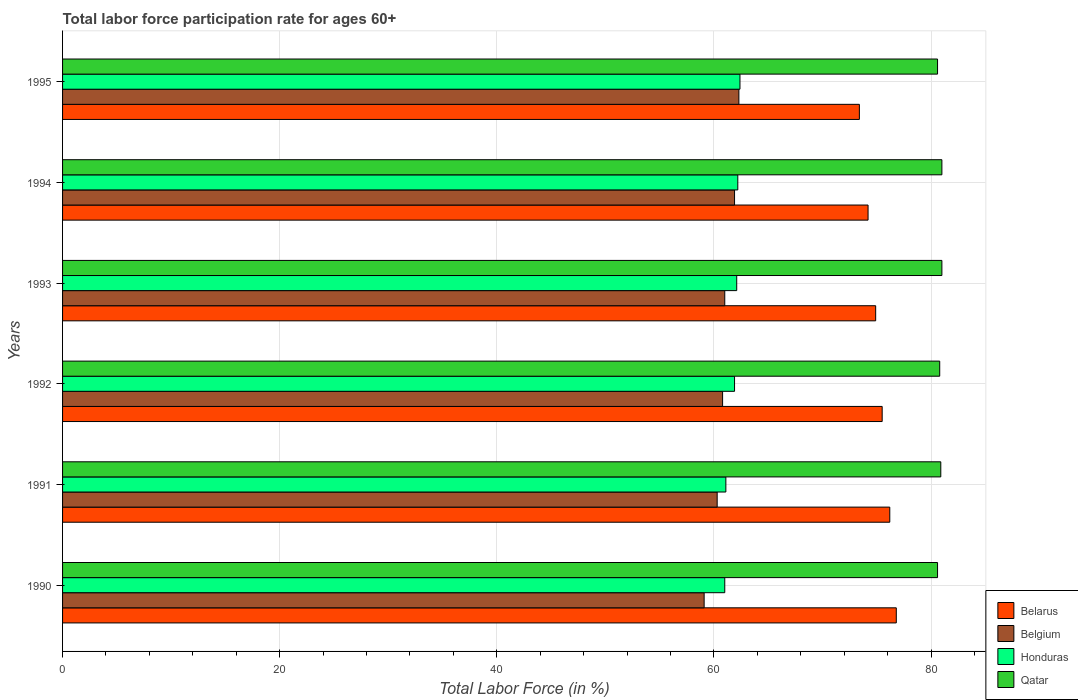
| Years | Belarus | Belgium | Honduras | Qatar |
 | --- | --- | --- | --- | --- |
 | 1990 | 76.8 | 59.1 | 61 | 80.6 |
 | 1991 | 76.2 | 60.3 | 61.1 | 80.9 |
 | 1992 | 75.5 | 60.8 | 61.9 | 80.8 |
 | 1993 | 74.9 | 61 | 62.1 | 81 |
 | 1994 | 74.2 | 61.9 | 62.2 | 81 |
 | 1995 | 73.4 | 62.3 | 62.4 | 80.6 |